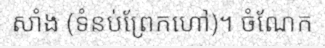
សាំង (ទំនប់ព្រែកហៅ)។ ចំណែក